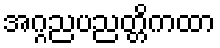
အဂ္ဂညပညတ္တိကထာ